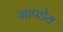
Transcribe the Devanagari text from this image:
गाण्डेय